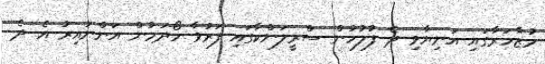
މުޒާހަރާގައި އަނިޔާވި ދެ ފުލުހުން ސްރީލަންކާގައި ފަރުވާ ހޯދަމުން އަންނައިރު އެ ދެ